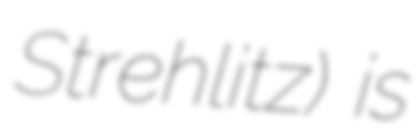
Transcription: Strehlitz) is